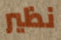
نظير